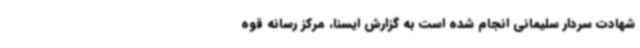
شهادت سردار سلیمانی انجام شده است به گزارش ایسنا، مرکز رسانه قوه